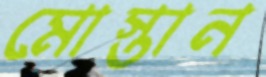
মোস্তান